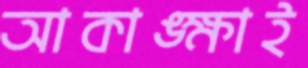
আকাঙ্ক্ষাই